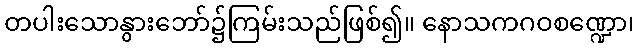
တပါးသောနွားဘော်၌ကြမ်းသည်ဖြစ်၍။ နောသကဂဝစဏ္ဍော၊